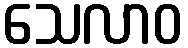
သေလာဝ